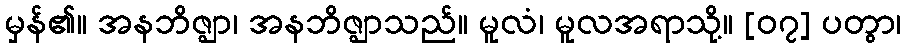
မှန်၏။ အနဘိဇ္ဈာ၊ အနဘိဇ္ဈာသည်။ မူလံ၊ မူလအရာသို့။ [၀၇] ပတွာ၊